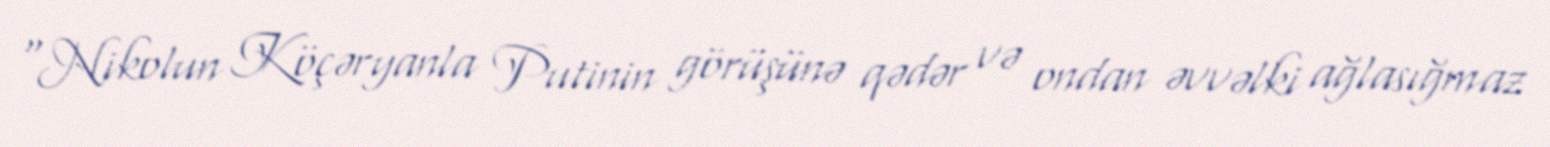
“Nikolun Köçəryanla Putinin görüşünə qədər və ondan əvvəlki ağlasığmaz